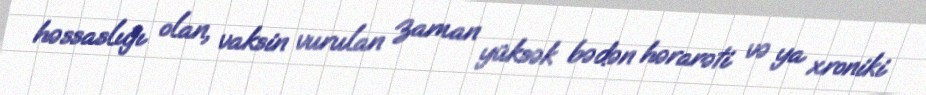
həssaslığı olan, vaksin vurulan zaman yüksək bədən hərarəti və ya xroniki